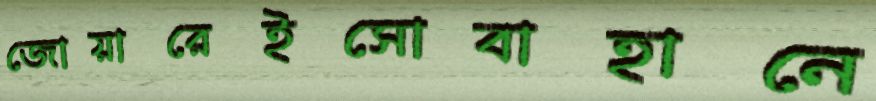
জোয়ারেইসোবাহানে